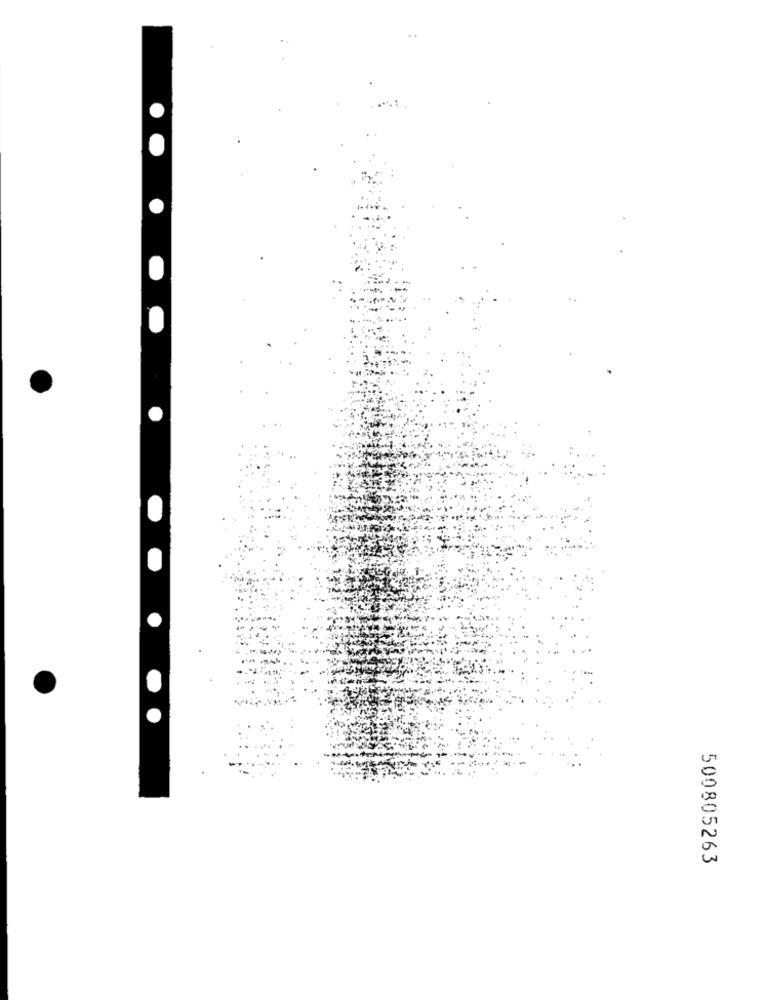
500805263